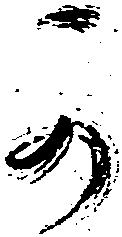
可